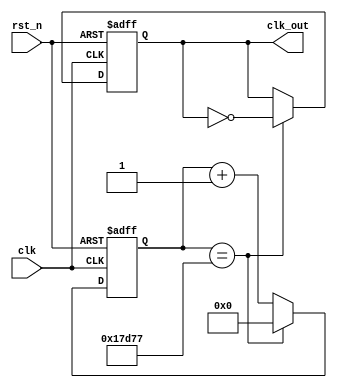
`timescale 1ns / 1ps
//////////////////////////////////////////////////////////////////////////////////
// Company: 
// Engineer: 
// 
// Design Name: 
// Module Name: clock_div_512Hz
// Project Name: 
// Target Devices: 
// Tool Versions: 
// Description: 
// 
// Dependencies: 
// 
// Revision:
// Revision 0.01 - File Created
// Additional Comments:
// 
//////////////////////////////////////////////////////////////////////////////////


module clock_div_512Hz(   // 512.0013Hz
    input clk,
    input rst_n,
    output reg clk_out
    );
    reg [25:0]cnt;
    parameter cnts = 195312;
    always@(posedge clk,negedge rst_n)
    begin
        if(~rst_n)
        begin
            cnt <= 0;
            clk_out <= 0;
        end
        else if(cnt == (cnts>>1)-1)
        begin
            cnt <= 0;
            clk_out <= ~clk_out;
        end
        else
            cnt <= cnt + 1;
    end
endmodule